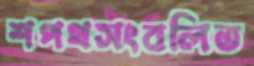
শপথসংবলিত